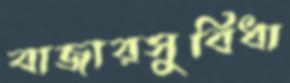
বাজারসুবিধা